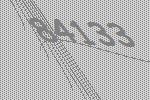
84133